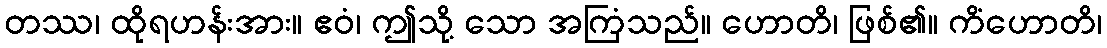
တဿ၊ ထိုရဟန်းအား။ ဧဝံ၊ ဤသို့ သော အကြံသည်။ ဟောတိ၊ ဖြစ်၏။ ကိံဟောတိ၊